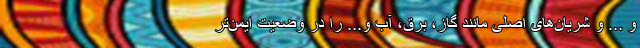
و ... و شریان‌های اصلی مانند گاز، برق، آب و... را در وضعیت ایمن‌تر